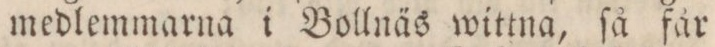
medlemmarna i Bollnäs wittna, ſå får